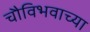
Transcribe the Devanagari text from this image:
चौविभवाच्या